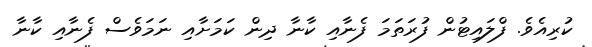
ކުރިއެވެ. ފްލައިޓުން ފުރަތަމަ ފެނާއި ކާނާ ދިން ކަމަށާއި ނަމަވެސް ފެނާއި ކާނާ